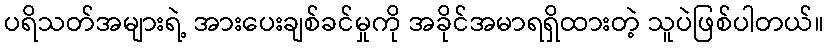
ပရိသတ်အများရဲ့ အားပေးချစ်ခင်မှုကို အခိုင်အမာရရှိထားတဲ့ သူပဲဖြစ်ပါတယ်။